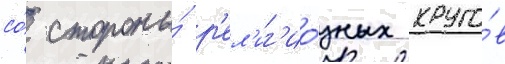
со́ стороны́ р'ел'иг'ио́зных круго́в